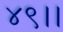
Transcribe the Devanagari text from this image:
४९।।